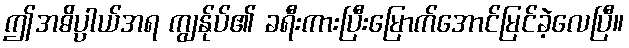
ဤအဓိပ္ပာယ်အရ ကျွန်ုပ်၏ ခရီးကားပြီးမြောက်အောင်မြင်ခဲ့လေပြီ။